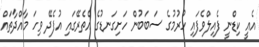
އެއީ ކިޑްނީ ފެއިލްވެފައި ހުރުމުގެ ސަބަބުން ހަށިގަނޑުގެ އެތެރޭގައި އުފެދޭ ވިހަ މާއްދާތައް